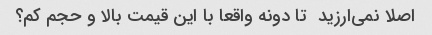
اصلا نمی‌ارزید  تا دونه واقعا با این قیمت بالا و حجم کم؟